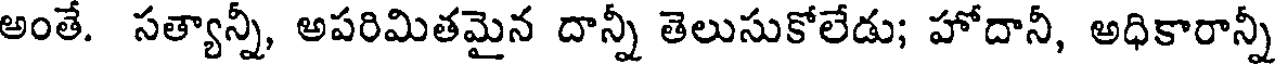
అంతే. సత్యాన్నీ, అపరిమితమైన దాన్నీ తెలుసుకోలేడు; హోదానీ, అధికారాన్నీ